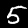
Digit: 5